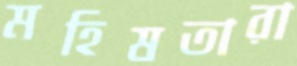
মহিষতারা